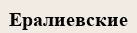
Ералиевские